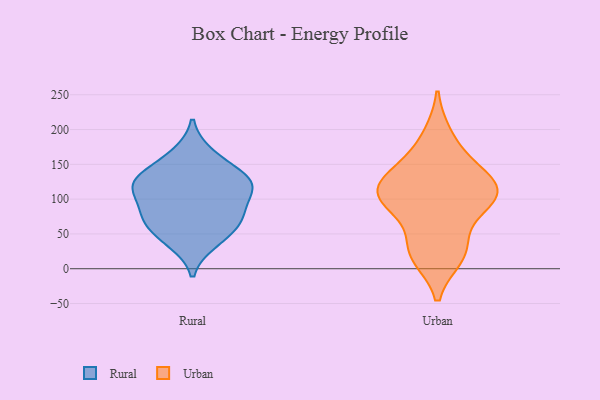
{"axis": {"x": "Temperature (°C)", "y": "Value"}, "legend": ["Rural", "Urban"], "data": [{"x": "", "y": 118, "type": "Rural"}, {"x": "", "y": 83, "type": "Rural"}, {"x": "", "y": 72, "type": "Rural"}, {"x": "", "y": 117, "type": "Rural"}, {"x": "", "y": 76, "type": "Rural"}, {"x": "", "y": 165, "type": "Rural"}, {"x": "", "y": 119, "type": "Rural"}, {"x": "", "y": 141, "type": "Rural"}, {"x": "", "y": 125, "type": "Rural"}, {"x": "", "y": 52, "type": "Rural"}, {"x": "", "y": 38, "type": "Rural"}, {"x": "", "y": 101, "type": "Urban"}, {"x": "", "y": 121, "type": "Urban"}, {"x": "", "y": 91, "type": "Urban"}, {"x": "", "y": 31, "type": "Urban"}, {"x": "", "y": 18, "type": "Urban"}, {"x": "", "y": 134, "type": "Urban"}, {"x": "", "y": 120, "type": "Urban"}, {"x": "", "y": 103, "type": "Urban"}, {"x": "", "y": 96, "type": "Urban"}, {"x": "", "y": 25, "type": "Urban"}, {"x": "", "y": 153, "type": "Urban"}, {"x": "", "y": 191, "type": "Urban"}]}